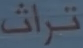
تراث